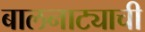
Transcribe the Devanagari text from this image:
बालनाट्याची